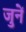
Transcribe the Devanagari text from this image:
जुनें